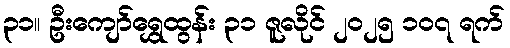
၃၁။ ဦးကျော်ရွှေထွန်း ၃၁ ဇူလိုင် ၂၀၂၅ ၁၀၇ ရက်